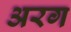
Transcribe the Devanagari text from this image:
अरग